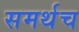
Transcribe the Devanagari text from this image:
समर्थच